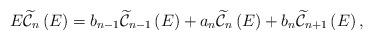
LaTeX: \begin{align*}E\widetilde{\mathcal{C}}_{n}\left( E\right) =b_{n-1}\widetilde{\mathcal{C}}_{n-1}\left( E\right) +a_{n}\widetilde{\mathcal{C}}_{n}\left( E\right) +b_{n}\widetilde{\mathcal{C}}_{n+1}\left( E\right) , \end{align*}